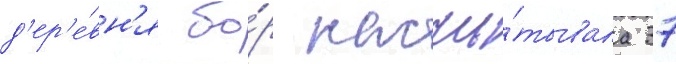
д'ер'е́вн'я бо́р насчи́тывала 37